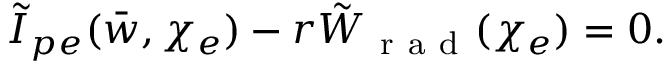
\tilde { I } _ { p e } ( \bar { w } , \chi _ { e } ) - r \tilde { W } _ { \mathrm { ~ r ~ a ~ d ~ } } ( \chi _ { e } ) = 0 .